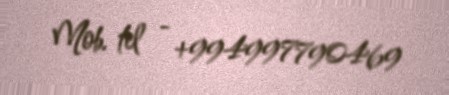
Mob. tel - +994997790469